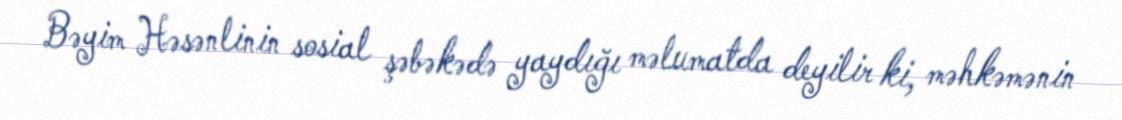
Bəyim Həsənlinin sosial şəbəkədə yaydığı məlumatda deyilir ki, məhkəmənin